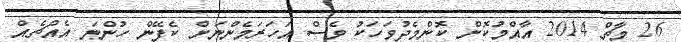
26 މާޗް 2014 އާއްމުކޮށް ކޮންމެދުވަހަކު ވެސް އަހަރަމެންނަށް ކެފޭން ހުންނަ އެއްޗެއް